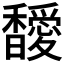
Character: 𩡣